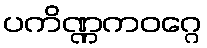
ပကိဏ္ဏကဝဂ္ဂေ